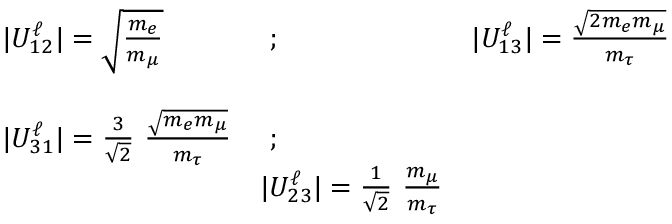
\begin{array} { l l l } { { | U _ { 1 2 } ^ { \ell } | = \sqrt { { \frac { m _ { e } } { m _ { \mu } } } } } } & { { \ ; \ \ \ } } & { { | U _ { 1 3 } ^ { \ell } | = { \frac { \sqrt { 2 m _ { e } m _ { \mu } } } { m _ { \tau } } } } } \\ { { } } & { { } } & { { } } \\ { { | U _ { 3 1 } ^ { \ell } | = { \frac 3 { \sqrt { 2 } } \ \frac { \sqrt { m _ { e } m _ { \mu } } } { m _ { \tau } } } } } & { { \ ; } } \\ { { \ } } & { { | U _ { 2 3 } ^ { \ell } | = { \frac 1 { \sqrt { 2 } } \ } { \frac { m _ { \mu } } { m _ { \tau } } } } } \end{array}